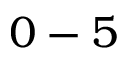
0 - 5